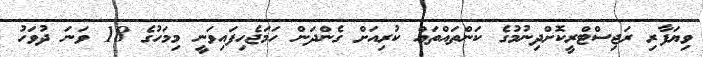
ވިޔަފާރި ރަޖިސްޓްރީކޮށްދިނުމުގެ ކަންތައްތައް ކުރިއަށް ގެންދަން ހަމަޖެހިފައިވަނީ މިމަހުގެ 18 ވަނަ ދުވަހު